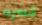
قصره